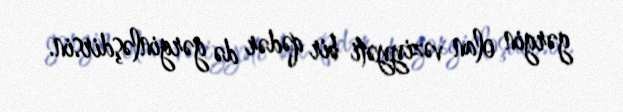
gərgin olan vəziyyəti bir qədər də gərginləşdirsin.